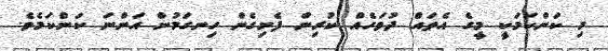
މި ކަންކަމަކީ މީގެ އެތައް ދުވަހެއް ކުރިން ފެށިގެން ހިނގަމުން އަންނަ ކަންކަމެވެ.